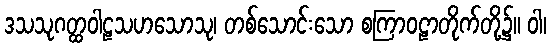
ဒသသုဂတ္ထဝါဠသဟသောသု၊ တစ်သောင်းသော စကြာဝဠာတိုက်တို့၌။ ဝါ၊